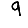
Digit: 9